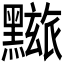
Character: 𪒓